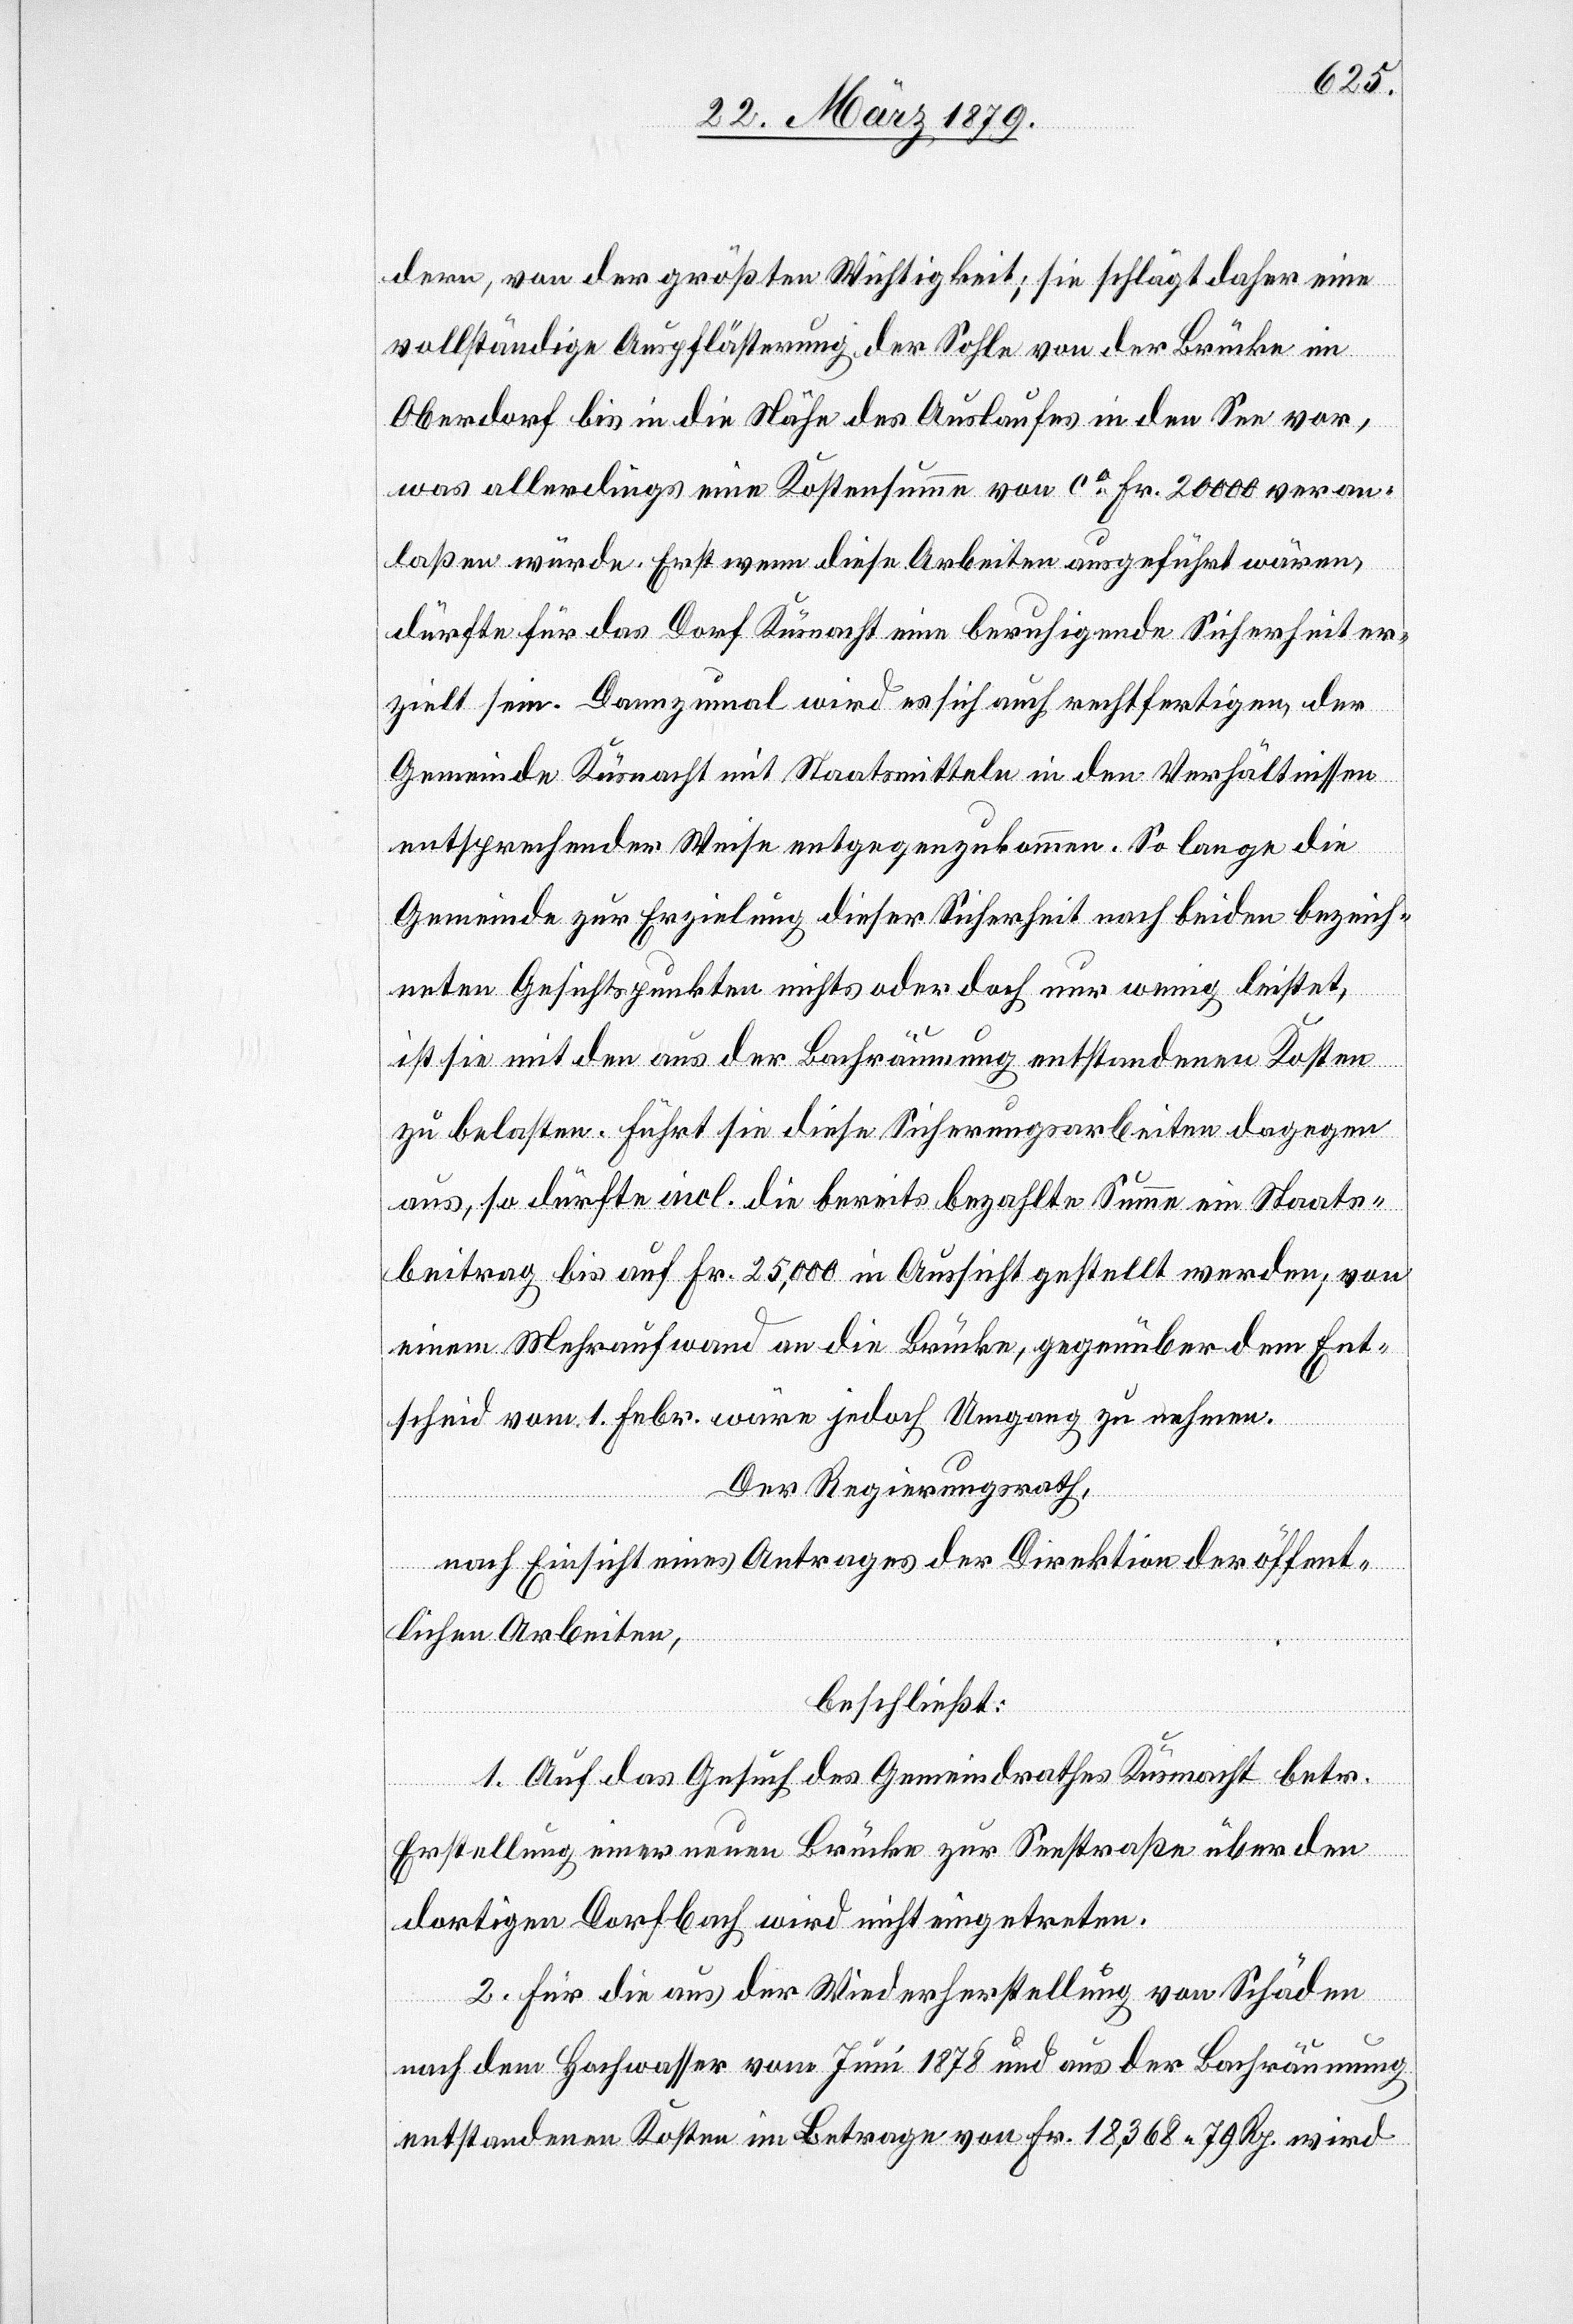
dern, von der größten Wichtigkeit; sie schlägt daher eine
vollständige Auspflästerung der Sohle von der Brücke im
Oberdorf bis in die Nähe des Auslaufes in den See vor,
was allerdings eine Kostensumme von ca Fr. 20 000 veran¬
laßen würde. Erst wenn diese Arbeiten ausgeführt wären,
dürfte für das Dorf Küsnacht eine beruhigende Sicherheit er¬
zielt sein. Dannzumal wird es sich auch rechtfertigen, der
Gemeinde Küsnacht mit Staatsmitteln in den Verhältnissen
entsprechender Weise entgegenzukommen. So lange die
Gemeinde zur Erzielung dieser Sicherheit nach beiden bezeich¬
neten Gesichtspunkten nichts oder doch nur wenig leistet,
ist sie mit den aus der Bachräumung entstandenen Kosten
zu belasten. Führt sie diese Sicherungsarbeiten dagegen
aus, so dürfte incl. die bereits bezahlte Summe ein Staats¬
beitrag bis auf Fr. 25,000 in Aussicht gestellt werden; von
einem Mehraufwand an die Brücke, gegenüber dem Ent¬
scheid vom 1. Febr. wäre jedoch Umgang zu nehmen.
Der Regierungsrath,
nach Einsicht eines Antrages der Direktion der öffent¬
lichen Arbeiten,
beschließt:
1. Auf das Gesuch des Gemeindrathes Küsnacht betr.
Erstellung einer neuen Brücke zur Seestraße über den
dortigen Dorfbach wird nicht eingetreten.
2. Für die aus der Wiederherstellung von Schäden
aus dem Hochwasser vom Juni 1878 und aus der Bachräumung
entstandenen Kosten im Betrage von Fr. 18,368.79 Rp. wird